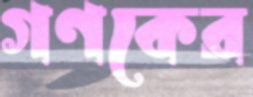
গণকের